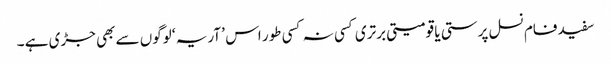
سفید فام نسل پرستی یا قومیتی برتری کسی نہ کسی طور اس ’ آریہ ‘ لوگوں سے بھی جڑی ہے ۔